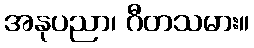
အနုပညာ၊ ဂီတသမား။